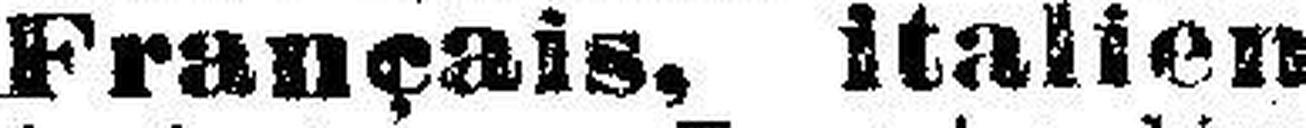
Français, italien